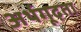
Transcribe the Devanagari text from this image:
अर्थगूढ़ता